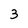
Character: 3